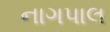
નાગપાલ